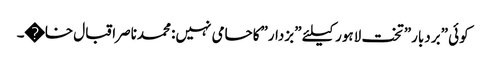
کوئی ”بردبار” تخت لاہور کیلئے ”بزدار”کاحامی نہیں: محمدناصراقبال خا�۔